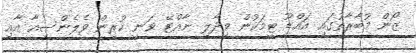
ޒޯން މުބާރާތުގައި އައްޑޫ ޓީމަކުން ވިދާލި ނާއްޓޭ ވަނީ ކުރިން ވެލެންސިއާ އާއި